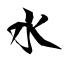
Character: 水